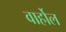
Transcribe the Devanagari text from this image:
वार्होल